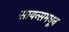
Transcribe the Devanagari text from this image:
सायन्समधून